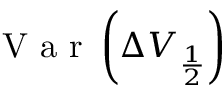
\mathrm { ~ V ~ a ~ r ~ } \left( \Delta V _ { \frac { 1 } { 2 } } \right)